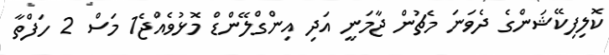
ކޮލިފިކޭޝަންގެ ދެވަނަ މެޗުން ޖާމަނީ އަދި އިންގްލޭންޑް މޮޅުވެއްޖެ1 މަސް 2 ހަފްތާ